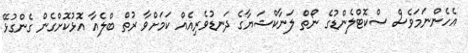
އެހެންނަމަވެސް ސްކޮޓްލެންޑުގެ ނޯތް ލަނާކްޝަޔާގެ ދަނޑުވެރިއެއް ކަމަށްވާ ރުތް ބްލެއާ އޮޅުކޮށްގެން ގެންގުޅޭ